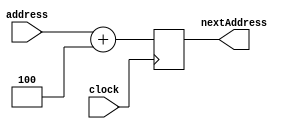
`timescale 1ns / 1ps

module PcRegister(

	input [31:0] address,
	input clock,
	output reg [31:0] nextAddress
	
	);
	
	always @(posedge clock) begin
		nextAddress <= address + 4;
	end
	
endmodule